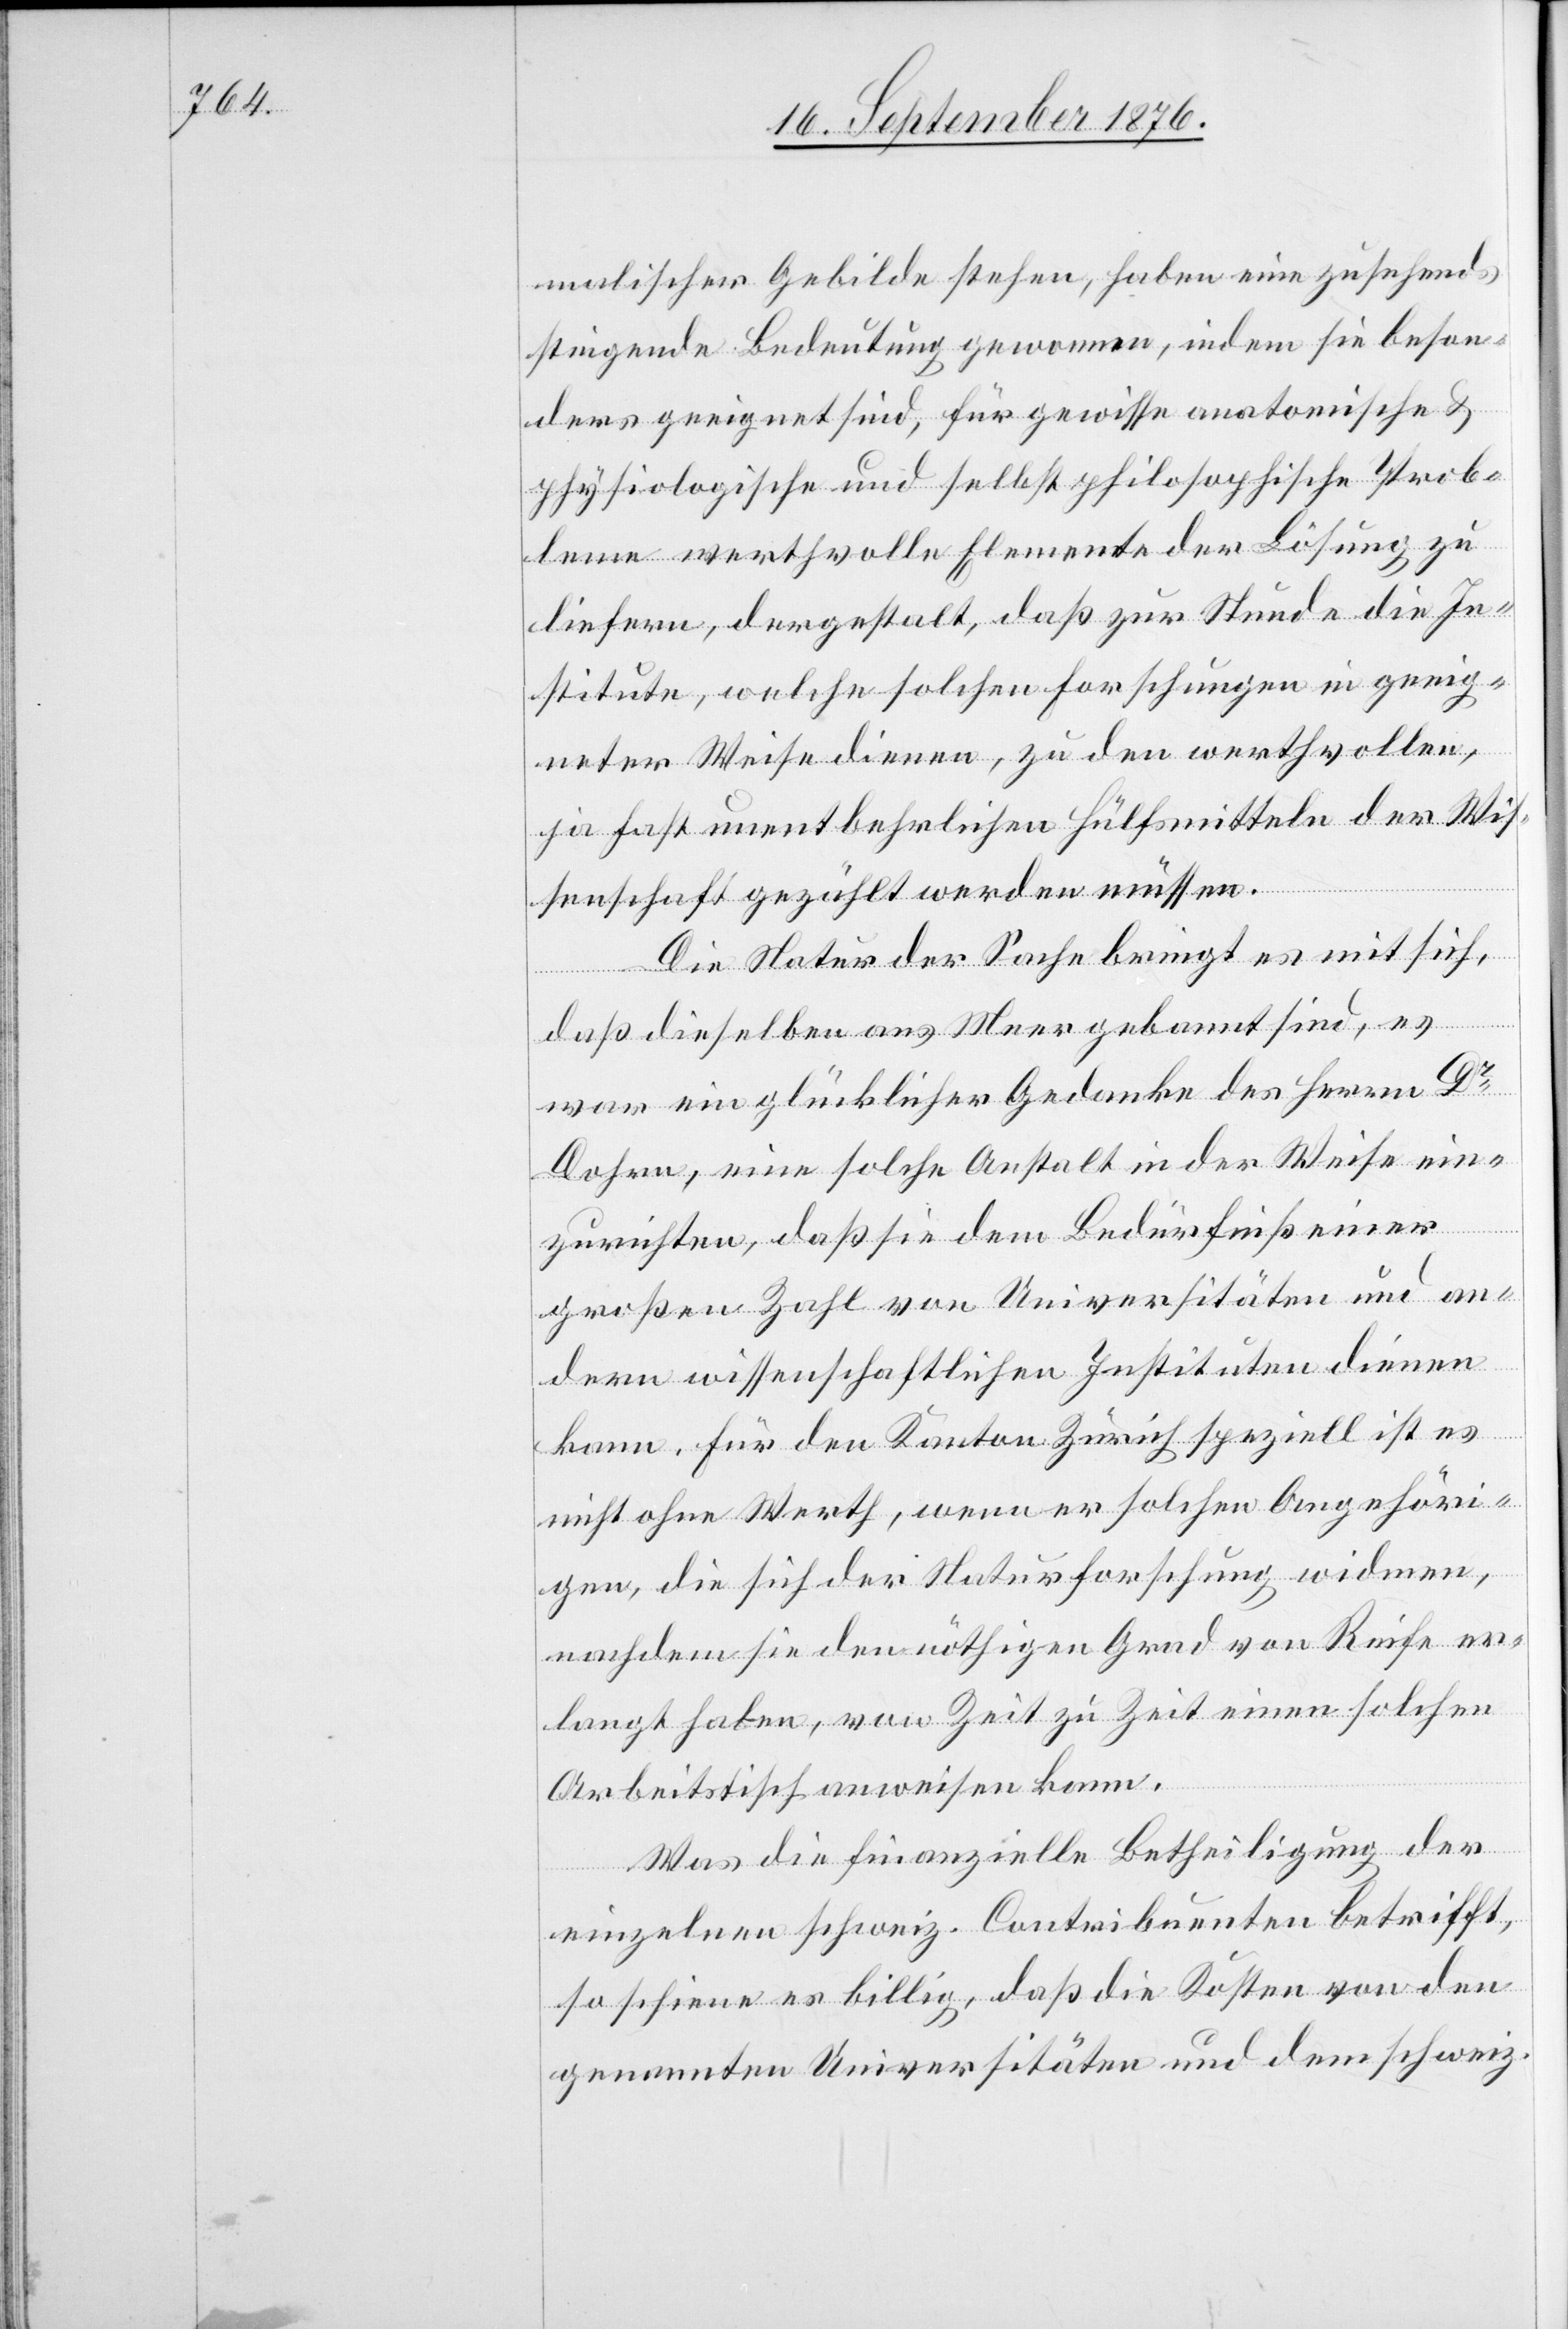
malischer Gebilde stehen, haben eine zusehends
steigende Bedeutung gewonnen, indem sie beson¬
ders geeignet sind, für gewisse anatomische &
physiologische und selbst philosophische Prob¬
leme werthvolle Elemente der Lösung zu
liefern, dergestalt, daß zur Stunde die In¬
stitute, welche solchen Forschungen in geeig¬
neter Weise dienen, zu den werthvollen,
ja fast unentbehrlichen Hülfsmitteln der Wis¬
senschaft gezählt werden müssen.
Die Natur der Sache bringt es mit sich,
daß dieselben ans Meer gebannt sind, es
war ein glücklicher Gedanke des Herrn Dr
Dohrn, eine solche Anstalt in der Weise ein¬
zurichten, daß sie dem Bedürfniß einer
großen Zahl von Universitäten und an¬
dern wissenschaftlichen Instituten dienen
kann. Für den Kanton Zürich speziell ist es
nicht ohne Werth, wenn er solchen Angehöri¬
gen, die sich der Naturforschung widmen,
nachdem sie den nöthigen Grad von Reife er¬
langt haben, von Zeit zu Zeit einen solchen
Arbeitstisch anweisen kann.
Was die finanzielle Betheiligung der
einzelnen schweiz. Contribuenten betrifft,
so schiene es billig, das die Kosten von den
genannten Universitäten und dem schweiz.